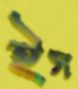
ইস